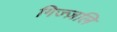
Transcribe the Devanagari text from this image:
गिज्ज़लि